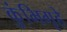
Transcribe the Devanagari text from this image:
कुंभिगृहे